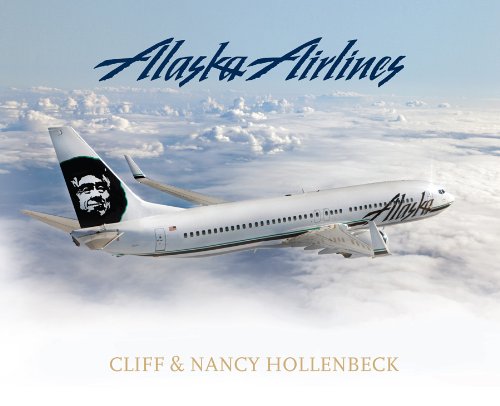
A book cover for Alaska Airlines; Cliff Hollenbeck and Nancy Hollenbeck; Travel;